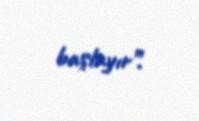
başlayır”.